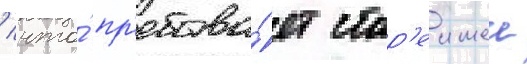
/ что́ пр'ебыва́ет стар'еишеи